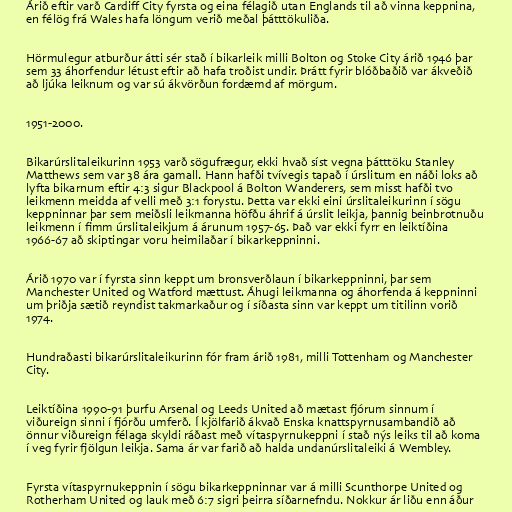
Árið eftir varð Cardiff City fyrsta og eina félagið utan Englands til að vinna keppnina,
en félög frá Wales hafa löngum verið meðal þátttökuliða.

Hörmulegur atburður átti sér stað í bikarleik milli Bolton og Stoke City árið 1946 þar
sem 33 áhorfendur létust eftir að hafa troðist undir. Þrátt fyrir blóðbaðið var ákveðið
að ljúka leiknum og var sú ákvörðun fordæmd af mörgum.

1951-2000.

Bikarúrslitaleikurinn 1953 varð sögufrægur, ekki hvað síst vegna þátttöku Stanley
Matthews sem var 38 ára gamall. Hann hafði tvívegis tapað í úrslitum en náði loks að
lyfta bikarnum eftir 4:3 sigur Blackpool á Bolton Wanderers, sem misst hafði tvo
leikmenn meidda af velli með 3:1 forystu. Þetta var ekki eini úrslitaleikurinn í sögu
keppninnar þar sem meiðsli leikmanna höfðu áhrif á úrslit leikja, þannig beinbrotnuðu
leikmenn í fimm úrslitaleikjum á árunum 1957-65. Það var ekki fyrr en leiktíðina
1966-67 að skiptingar voru heimilaðar í bikarkeppninni.

Árið 1970 var í fyrsta sinn keppt um bronsverðlaun í bikarkeppninni, þar sem
Manchester United og Watford mættust. Áhugi leikmanna og áhorfenda á keppninni
um þriðja sætið reyndist takmarkaður og í síðasta sinn var keppt um titilinn vorið
1974.

Hundraðasti bikarúrslitaleikurinn fór fram árið 1981, milli Tottenham og Manchester
City.

Leiktíðina 1990-91 þurfu Arsenal og Leeds United að mætast fjórum sinnum í
viðureign sinni í fjórðu umferð. Í kjölfarið ákvað Enska knattspyrnusambandið að
önnur viðureign félaga skyldi ráðast með vítaspyrnukeppni í stað nýs leiks til að koma
í veg fyrir fjölgun leikja. Sama ár var farið að halda undanúrslitaleiki á Wembley.

Fyrsta vítaspyrnukeppnin í sögu bikarkeppninnar var á milli Scunthorpe United og
Rotherham United og lauk með 6:7 sigri þeirra síðarnefndu. Nokkur ár liðu enn áður